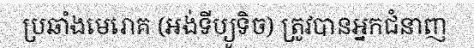
ប្រឆាំងមេរោគ (អង់ទីប្យូទិច) ត្រូវបានអ្នកជំនាញ